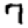
Digit: 7